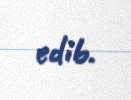
edib.